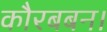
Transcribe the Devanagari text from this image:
कौरबबन।